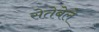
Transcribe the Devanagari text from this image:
सेतेबेले